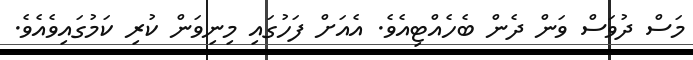
މަސް ދުވަސް ވަން ދެން ބެހެއްޓިއެވެ. އެއަށް ފަހުގައި މިނިވަން ކުރި ކަމުގައިވެއެވެ.